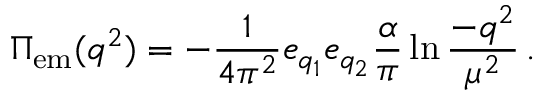
\Pi _ { \mathrm { e m } } ( q ^ { 2 } ) = - { \frac { 1 } { 4 \pi ^ { 2 } } } e _ { q _ { 1 } } e _ { q _ { 2 } } { \frac { \alpha } { \pi } } \ln { \frac { - q ^ { 2 } } { \mu ^ { 2 } } } \, .